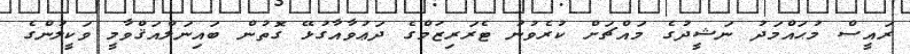
ރައީސް މުޙައްމަދު ނަޝީދުގެ މައްޗަށް ކުރެވުނު ޓެރަރިޒަމްގެ ދަޢުވާއާގުޅޭ ގޮތުން ބައިނަލްއަޤްވާމީ ވަކީލުންގެ